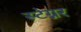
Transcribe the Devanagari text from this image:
स्टेग्नर